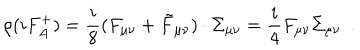
\rho ( i F _ { A } ^ { + } ) = \frac { i } { 8 } ( F _ { \mu \nu } + \tilde { F } _ { \mu \nu } ) \cdot \Sigma _ { \mu \nu } = \frac { i } { 4 } F _ { \mu \nu } \Sigma _ { \mu \nu } ~ ~ .